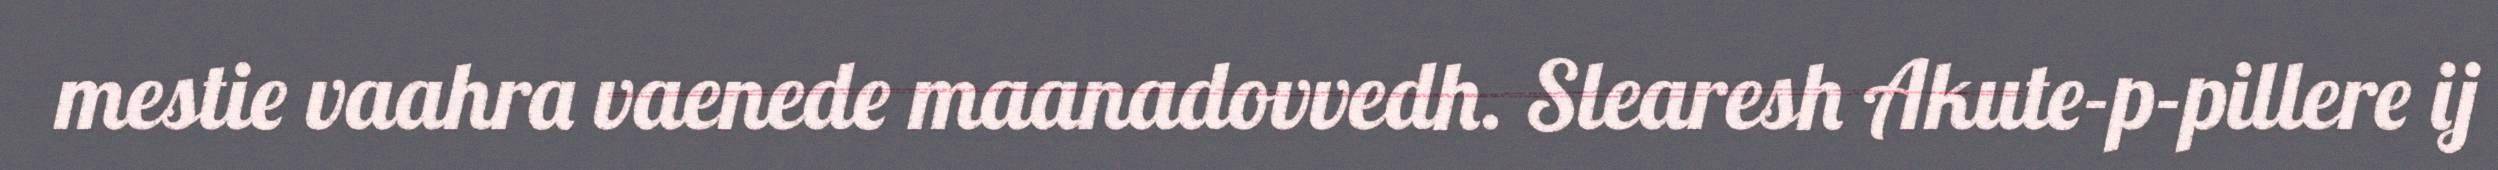
mestie vaahra vaenede maanadovvedh. Slearesh Akute-p-pillere ij